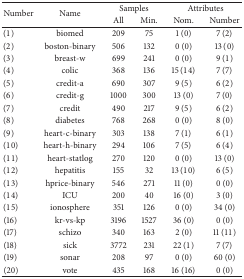
<table><thead><tr><td rowspan="2"><b>Number</b></td><td rowspan="2"><b>Name</b></td><td colspan="2"><b>Samples</b></td><td colspan="2"><b>Attributes</b></td></tr><tr><td><b>All</b></td><td><b>Min.</b></td><td><b>Nom.</b></td><td><b>Number</b></td></tr></thead><tbody><tr><td>(1)</td><td>biomed</td><td>209</td><td>75</td><td>1 (0)</td><td>7 (2)</td></tr><tr><td>(2)</td><td>boston-binary</td><td>506</td><td>132</td><td>0 (0)</td><td>13 (0)</td></tr><tr><td>(3)</td><td>breast-w</td><td>699</td><td>241</td><td>0 (0)</td><td>9 (1)</td></tr><tr><td>(4)</td><td>colic</td><td>368</td><td>136</td><td>15 (14)</td><td>7 (7)</td></tr><tr><td>(5)</td><td>credit-a</td><td>690</td><td>307</td><td>9 (5)</td><td>6 (2)</td></tr><tr><td>(6)</td><td>credit-g</td><td>1000</td><td>300</td><td>13 (0)</td><td>7 (0)</td></tr><tr><td>(7)</td><td>credit</td><td>490</td><td>217</td><td>9 (5)</td><td>6 (2)</td></tr><tr><td>(8)</td><td>diabetes</td><td>768</td><td>268</td><td>0 (0)</td><td>8 (0)</td></tr><tr><td>(9)</td><td>heart-c-binary</td><td>303</td><td>138</td><td>7 (1)</td><td>6 (1)</td></tr><tr><td>(10)</td><td>heart-h-binary</td><td>294</td><td>106</td><td>7 (5)</td><td>6 (4)</td></tr><tr><td>(11)</td><td>heart-statlog</td><td>270</td><td>120</td><td>0 (0)</td><td>13 (0)</td></tr><tr><td>(12)</td><td>hepatitis</td><td>155</td><td>32</td><td>13 (10)</td><td>6 (5)</td></tr><tr><td>(13)</td><td>hprice-binary</td><td>546</td><td>271</td><td>11 (0)</td><td>0 (0)</td></tr><tr><td>(14)</td><td>ICU</td><td>200</td><td>40</td><td>16 (0)</td><td>3 (0)</td></tr><tr><td>(15)</td><td>ionosphere</td><td>351</td><td>126</td><td>0 (0)</td><td>34 (0)</td></tr><tr><td>(16)</td><td>kr-vs-kp</td><td>3196</td><td>1527</td><td>36 (0)</td><td>0 (0)</td></tr><tr><td>(17)</td><td>schizo</td><td>340</td><td>163</td><td>2 (0)</td><td>11 (11)</td></tr><tr><td>(18)</td><td>sick</td><td>3772</td><td>231</td><td>22 (1)</td><td>7 (7)</td></tr><tr><td>(19)</td><td>sonar</td><td>208</td><td>97</td><td>0 (0)</td><td>60 (0)</td></tr><tr><td>(20)</td><td>vote</td><td>435</td><td>168</td><td>16 (16)</td><td>0 (0)</td></tr></tbody></table>